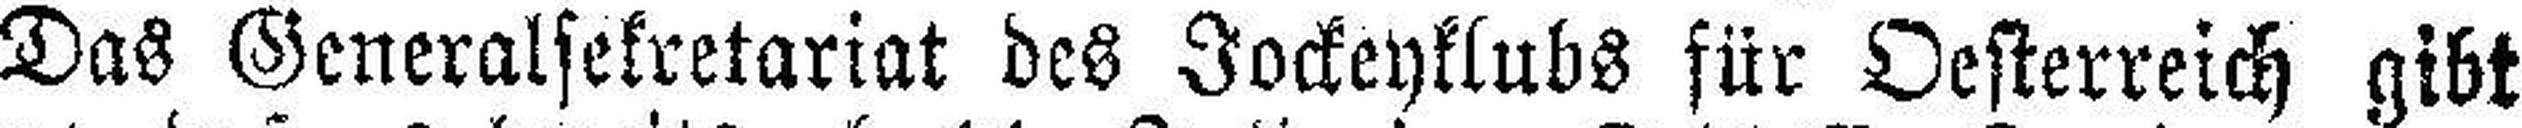
Das Generalsekretariat des Jockeyklubs für Oesterreich gibt